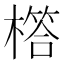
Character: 㯚